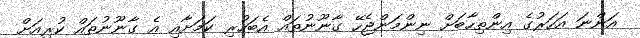
އަންނަ އަހަރުގެ އިންތިހާބަށް ނިންމަންޖެހޭ ގާނޫނުތައް އެބަހުރި ކަމަށާއި އެ ގާނޫނުތައް ކުރިއަށް